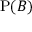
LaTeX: \mathrm { P } ( B )